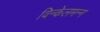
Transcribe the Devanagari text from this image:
विन्केलमन्न